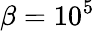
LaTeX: \beta=10^{5}